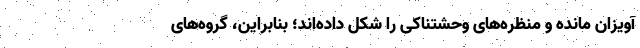
آویزان مانده و منظره‌های وحشتناکی را شکل داده‌اند؛ بنابراین، گروه‌های